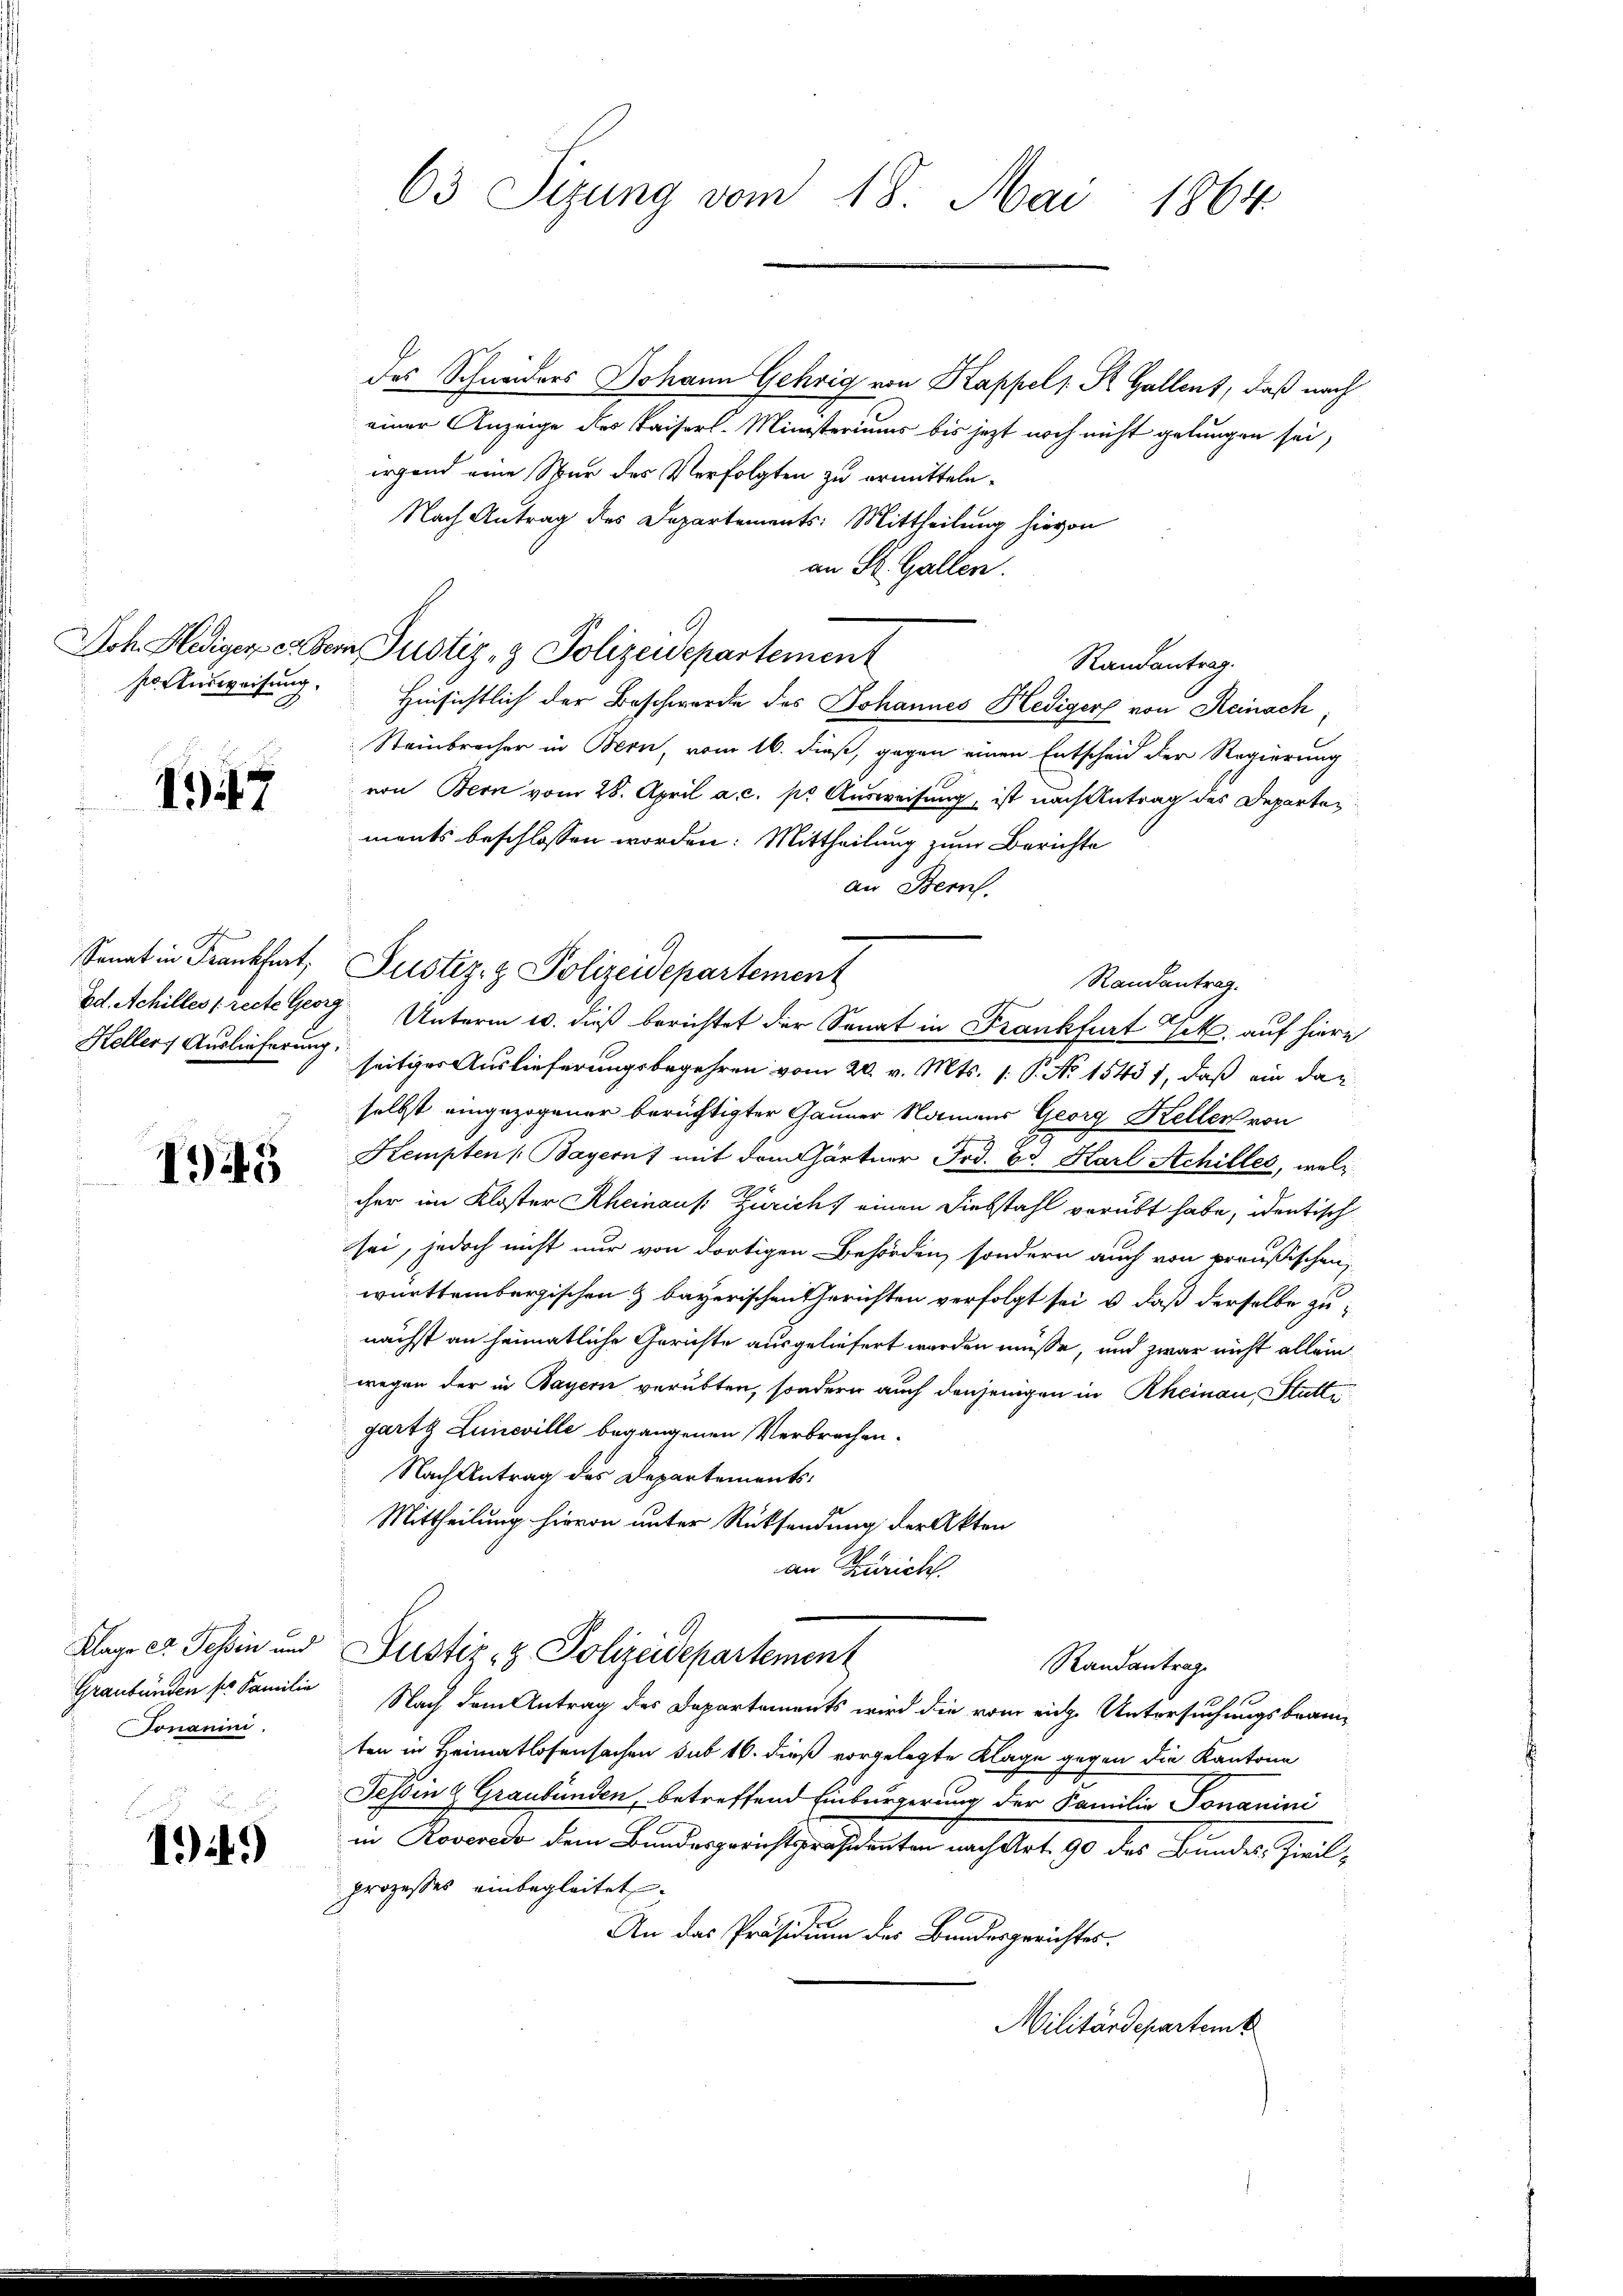
1347

Heller Auslieferung.

145

Jonanini.

149)

63 Sizung vom 18. Mai 1864

das Schneiders Johann Gehrig von Kappels St. Gallent, daß nach
einer Anzeige des Kaiserl-Ministeriums bis jetzt noch nicht gelungen sei,
irgend eine War des Verfolgten zu ermitteln.
Nach Antrag des Departements: Mittheilung hievon
an St. Gallen.
Joh. Hedigen er der Justiz- & Polizeidepartement
Randantrag.
sonensweisung. Hinsichtlich der Beschwerde des Johannes Hediger von Reinach,
Steinbrecher in Bern, vom 16. dieß, gegen einen Entscheid der Regierung
von Bern vom 28. April a. c. pr Ausweisung, ist nach Antrag des Departen
ments beschlossen worden: Mittheilung zum Berichte
an Bern.
Ed. Achilles [recte Georg Unterm 10. dieß berichtet der Senat in Frankfurt Frk. auf hiere
seitiger Auslieferungsbegehren vom 20. v. Mts. 1. P. No 1545 f, daß ein daz
selbst eingezogener berüchtigter Gauner Namens Georg Kellen von
Stempten (Bayern) mit dem Gärtner Frd. Ed. Karl Achilles, welcher im Kloster Rheinaus: Zürich, einen Diebstahl verübt habe, identisch
sei, jedoch nicht nur von dortigen Behörden, sondern auch von preußischen,
württembergischen & bayerischen Gerichten verfolgt sei, u. daß derselbe zunächst an heimatliche Gerichte ausgeliefert worden müsse, und zwar nicht alleinwegen der in Bayern verübten, sondern auch denjenigen in Rheinau, Statte
garte Lineville begangenen Verbrechen.
Nach Antrag des Departements-
Mittheilung hievon unter Rücksendung der Akten
an Züricht.
Klage er Tessin und Justiz- & Polizeidepartement
Randantrag
Graubünden ser Familie Nach dem Antrag des Departements wird die vom eine Untersuchungsbraun-
ten in Heimatlosensachen sub 16. dieß vorgelegte Klage gegen die Kantone
Tessin & Graubünden, betreffend Einbürgerung der Familie Tomanini
in Roveredo dem Bundesgerichtspräsidenten nach Art. 90 des Bundes Zivilprozesses einbegleitet.
An das Präsidium des Bundesgerichtes.
Militärdepartemb

Senat in Frankfurt, Justiz- & Polizeidepartement
Randantrag.